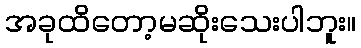
အခုထိတော့မဆိုးသေးပါဘူး။